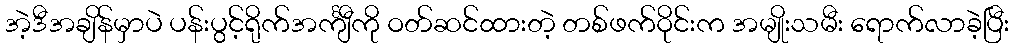
အဲ့ဒီအချိန်မှာပဲ ပန်းပွင့်ရိုက်အင်္ကျီကို ဝတ်ဆင်ထားတဲ့ တစ်ဖက်ဝိုင်းက အမျိုးသမီး ရောက်လာခဲ့ပြီး